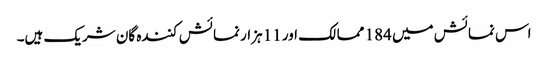
اس نمائش میں 184 ممالک اور 11 ہزار نمائش کنندہ گان شریک ہیں۔